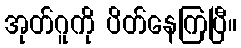
အုတ်ဂူကို ပိတ်နေကြပြီ။